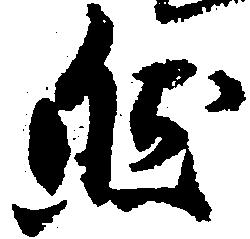
然